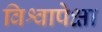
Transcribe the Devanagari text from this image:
विश्वापेक्षा